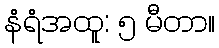
နံရံအထူ: ၅ မီတာ။